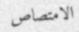
الامتصاص